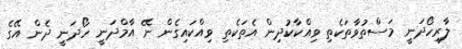
ލާރިހޯދަނީ މަސްތުވާތަކެތި ވިއްކާކުދިން އެތަކެތި ވިއްކައިގެން ނޭ އާމްދަނީ ހޯދަނީ ދެން އޭގެ